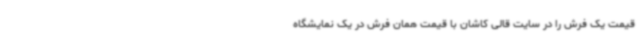
قیمت یک فرش را در سایت قالی کاشان با قیمت همان فرش در یک نمایشگاه